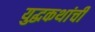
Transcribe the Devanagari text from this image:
युद्धकथांची